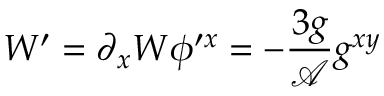
W ^ { \prime } = \partial _ { x } W \phi ^ { \prime x } = - \frac { 3 g } { \mathcal { A } } g ^ { x y }